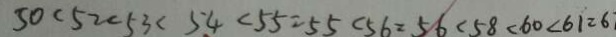
5 0 < 5 2 < 5 3 < 5 4 < 5 5 = 5 5 < 5 6 = 5 6 < 5 8 < 6 0 < 6 1 = 6